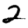
Digit: 2